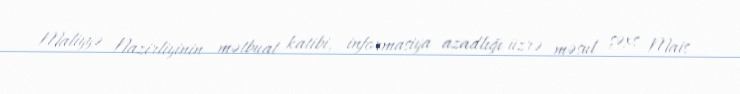
Maliyyə Nazirliyinin mətbuat katibi, informasiya azadlığı üzrə məsul şəxs Mais